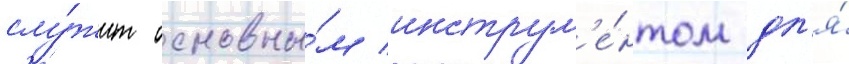
слу́жит основны́м инструм'е́нтом дл'я́